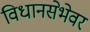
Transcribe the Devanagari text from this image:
विधानसेभेवर